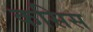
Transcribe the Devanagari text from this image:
कसिस